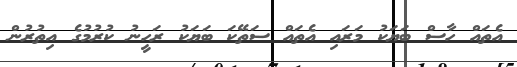
އެތައް ހާސް ބަޔަކު މަރައި އެތައް ސަތޭކަ ބަޔަކު ރަހީނު ކުރުމުގެ އިތުރުން